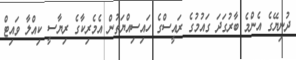
ދުނިޔޭގެ އެންމެ ބާރުގަދަ ގައުމުގެ ރައީސްގެ ހައިސިއްޔަތުން އެމެރިކާގެ ރިޔާސީ ކިއްލާ ވައިޓް